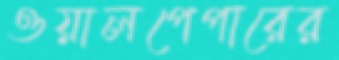
ওয়ালপেপারের